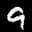
Label: 9